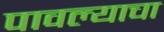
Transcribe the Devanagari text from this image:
पावल्याचा